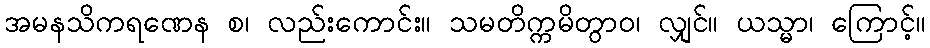
အမနသိကရဏေန စ၊ လည်းကောင်း။ သမတိက္ကမိတွာဝ၊ လျှင်။ ယသ္မာ၊ ကြောင့်။